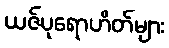
ယဇ်ပုရောဟိတ်များ